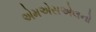
એમએસએલનો